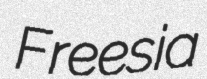
Freesia